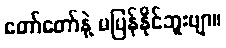
တော်တော်နဲ့ မပြန်နိုင်ဘူးဗျာ။